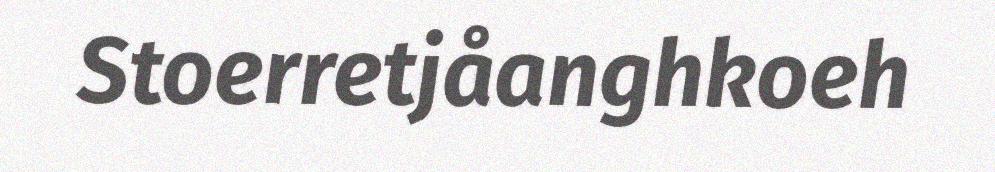
Stoerretjåanghkoeh